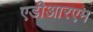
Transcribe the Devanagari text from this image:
एडीआरएम